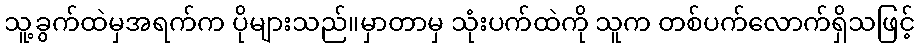
သူ့ခွက်ထဲမှအရက်က ပိုများသည်။မှာတာမှ သုံးပက်ထဲကို သူက တစ်ပက်လောက်ရှိသဖြင့်